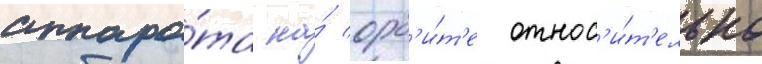
аппара́та на́ орб'и́т'е относ'и́т'ельно